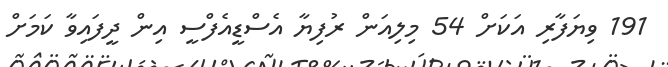
191 ވިޔަފާރި އަކަށް 54 މިލިއަން ރުފިޔާ އެސްޑީއެފްސީ އިން ދީފައިވާ ކަމަށް